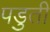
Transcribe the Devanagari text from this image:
पडुती